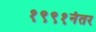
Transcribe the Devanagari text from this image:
१९९१नंतर